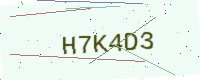
Text: H7K4D3